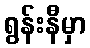
ရွန်းနီမှာ